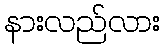
နားလည်လား